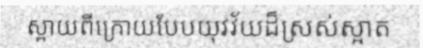
ស្ពាយពីក្រោយបែបយុវវ័យដ៏ស្រស់ស្អាត